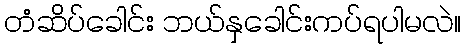
တံဆိပ်ခေါင်း ဘယ်နှခေါင်းကပ်ရပါမလဲ။